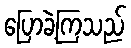
ပြောခဲ့ကြသည်